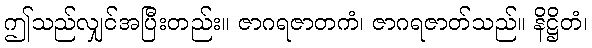
ဤသည်လျှင်အပြီးတည်း။ ဇာဂရဇာတကံ၊ ဇာဂရဇာတ်သည်။ နိဋ္ဌိတံ၊